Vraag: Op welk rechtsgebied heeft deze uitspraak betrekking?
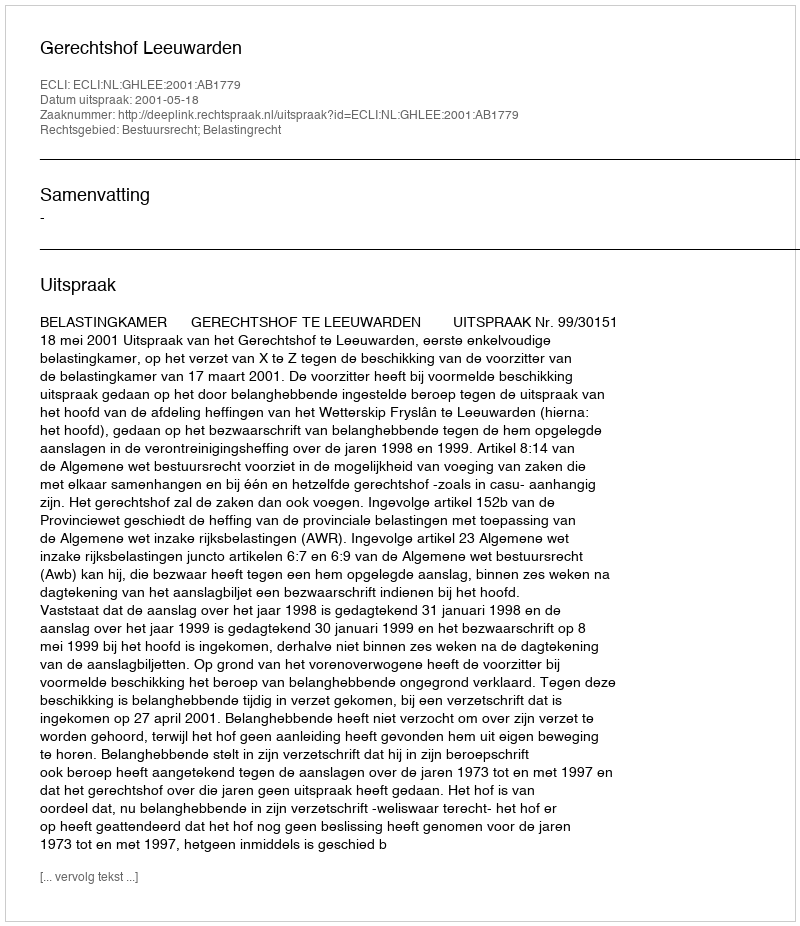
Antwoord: Bestuursrecht; Belastingrecht